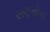
સણસોરા